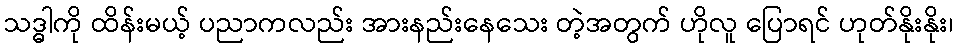
သဒ္ဓါကို ထိန်းမယ့် ပညာကလည်း အားနည်းနေသေး တဲ့အတွက် ဟိုလူ ပြောရင် ဟုတ်နိုးနိုး၊